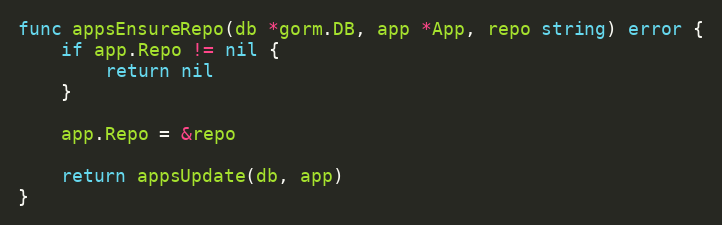
Language: Go
func appsEnsureRepo(db *gorm.DB, app *App, repo string) error {
	if app.Repo != nil {
		return nil
	}

	app.Repo = &repo

	return appsUpdate(db, app)
}